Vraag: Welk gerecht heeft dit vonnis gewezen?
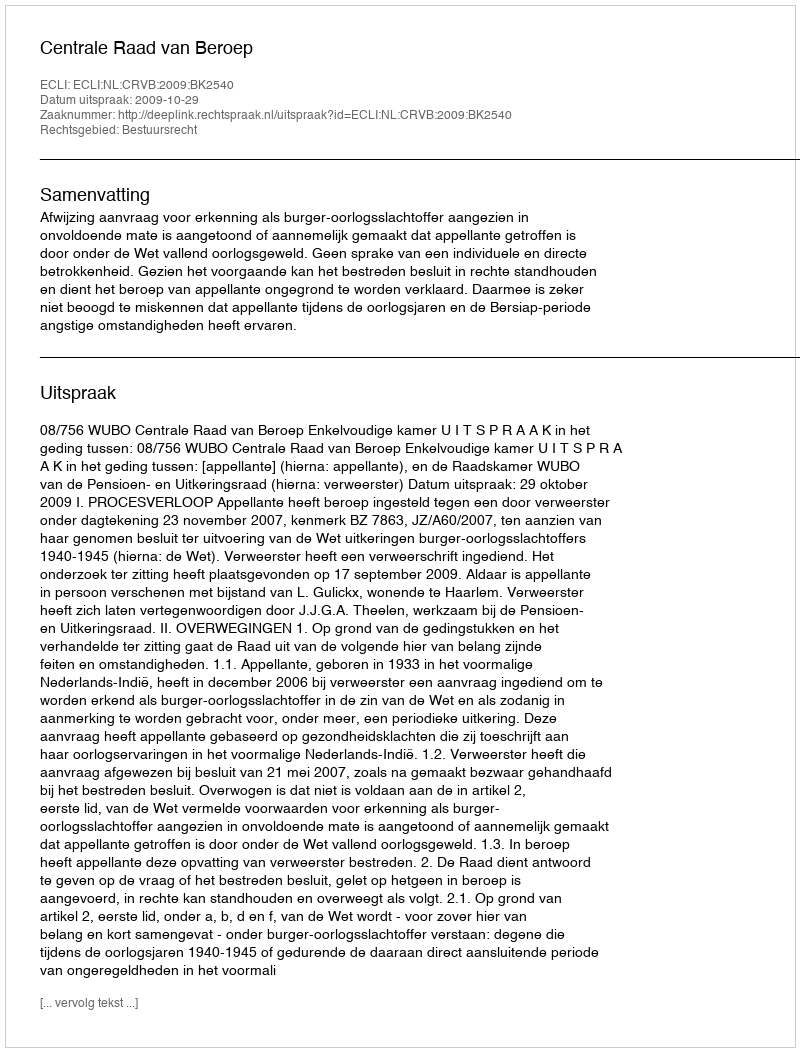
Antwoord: Centrale Raad van Beroep